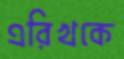
এরিখকে